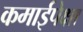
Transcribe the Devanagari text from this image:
कमाईपेक्षा